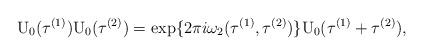
LaTeX: \begin{align*}{\rm U}_0({\tau}^{(1)}) {\rm U}_0({\tau}^{(2)}) =\exp\{ 2\pi i {\omega}_{2}({\tau}^{(1)}, {\tau}^{(2)})\}{\rm U}_{0}( {\tau}^{(1)} + {\tau}^{(2)} ) ,\end{align*}